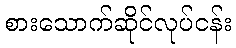
စားသောက်ဆိုင်လုပ်ငန်း